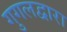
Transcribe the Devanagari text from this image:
गुगलद्वारा